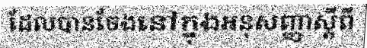
ដែលបានចែងនៅក្នុងអនុសញ្ញាស្តីពី